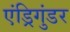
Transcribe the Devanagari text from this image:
एंड्रिगुंडर